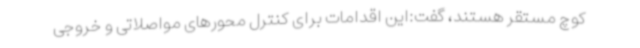
کوچ مستقر هستند، گفت:این اقدامات برای کنترل محورهای مواصلاتی و خروجی